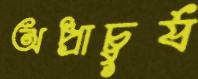
অপ্রাচুর্য